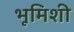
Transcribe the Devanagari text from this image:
भूमिशी